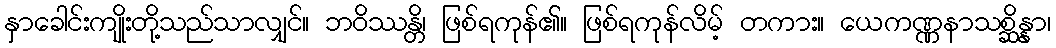
နှာခေါင်းကျိုးတို့သည်သာလျှင်။ ဘဝိဿန္တိ၊ ဖြစ်ရကုန်၏။ ဖြစ်ရကုန်လိမ့် တကား။ ယေကဏ္ဏနာသစ္ဆိန္နာ၊